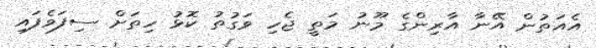
އެއަތުން އޭނާ އާރިންގެ މޫނު މަތީ ޖެހި ވަގުތު ކޮޅު ހިތަށް ސިފަވެފައި